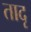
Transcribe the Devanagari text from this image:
तादृ